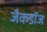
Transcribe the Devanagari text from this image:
जैकडॉज